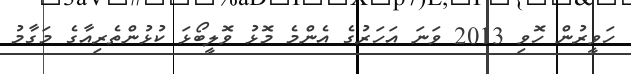
ހަވީރުން ހޮވި 2013 ވަނަ އަހަރުގެ އެންމެ މޮޅު ވޮލީބޯޅަ ކުޅުންތެރިއާގެ މަގާމު